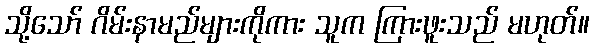
သို့သော် ဂိမ်းနာမည်များကိုကား သူက ကြားဖူးသည် မဟုတ်။